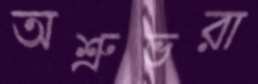
অশ্রুভরা